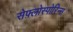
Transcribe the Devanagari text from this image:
सेफ़्लोस्पोरिन्स